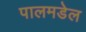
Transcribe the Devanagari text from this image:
पालमडेल